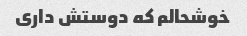
خوشحالم که دوستش داری